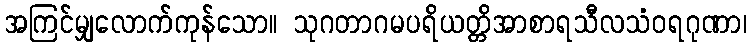
အကြင်မျှလောက်ကုန်သော။ သုဂတာဂမပရိယတ္တိအာစာရသီလသံဝရဂုဏာ၊